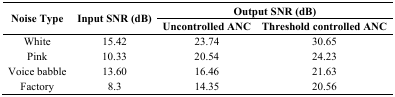
| <ROWSPAN=3> Noise Type | <ROWSPAN=3> Input SNR (dB) | <COLSPAN=2> Output SNR (dB) |
 | Uncontrolled ANC | Threshold controlled ANC |
 | --- | --- | --- | --- |
 | White | 15.42 | 23.74 | 30.65 |
 | Pink | 10.33 | 20.54 | 24.23 |
 | Voice babble | 13.60 | 16.46 | 21.63 |
 | Factory | 8.3 | 14.35 | 20.56 |